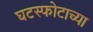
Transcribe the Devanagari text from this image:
घटस्फोटाच्या